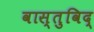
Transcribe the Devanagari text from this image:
वास्‍तुविद्